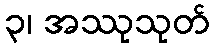
၃၊ အဿုသုတ်